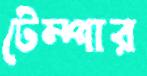
টেম্পার